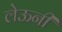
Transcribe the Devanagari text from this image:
लेऊनी